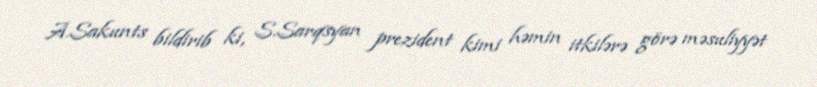
A.Sakunts bildirib ki, S.Sarqsyan prezident kimi həmin itkilərə görə məsuliyyət